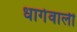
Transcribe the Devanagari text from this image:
धागेवाली